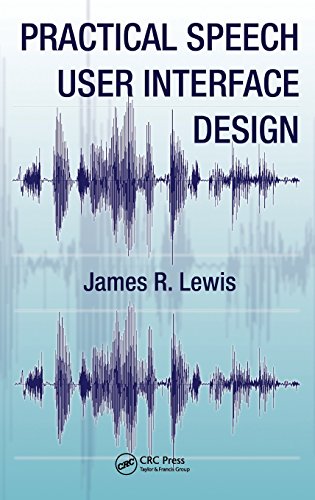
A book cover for Practical Speech User Interface Design (Human Factors and Ergonomics); James R. Lewis; Computers & Technology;